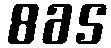
865